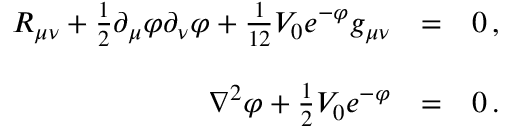
\begin{array} { r c l } { { R _ { \mu \nu } + \frac { 1 } { 2 } \partial _ { \mu } \varphi \partial _ { \nu } \varphi + \frac { 1 } { 1 2 } { \cal V } _ { 0 } e ^ { - \varphi } g _ { \mu \nu } } } & { { = } } & { { 0 \, , } } \\ { { } } & { { } } & { { } } \\ { { \nabla ^ { 2 } \varphi + \frac { 1 } { 2 } { \cal V } _ { 0 } e ^ { - \varphi } } } & { { = } } & { { 0 \, . } } \end{array}